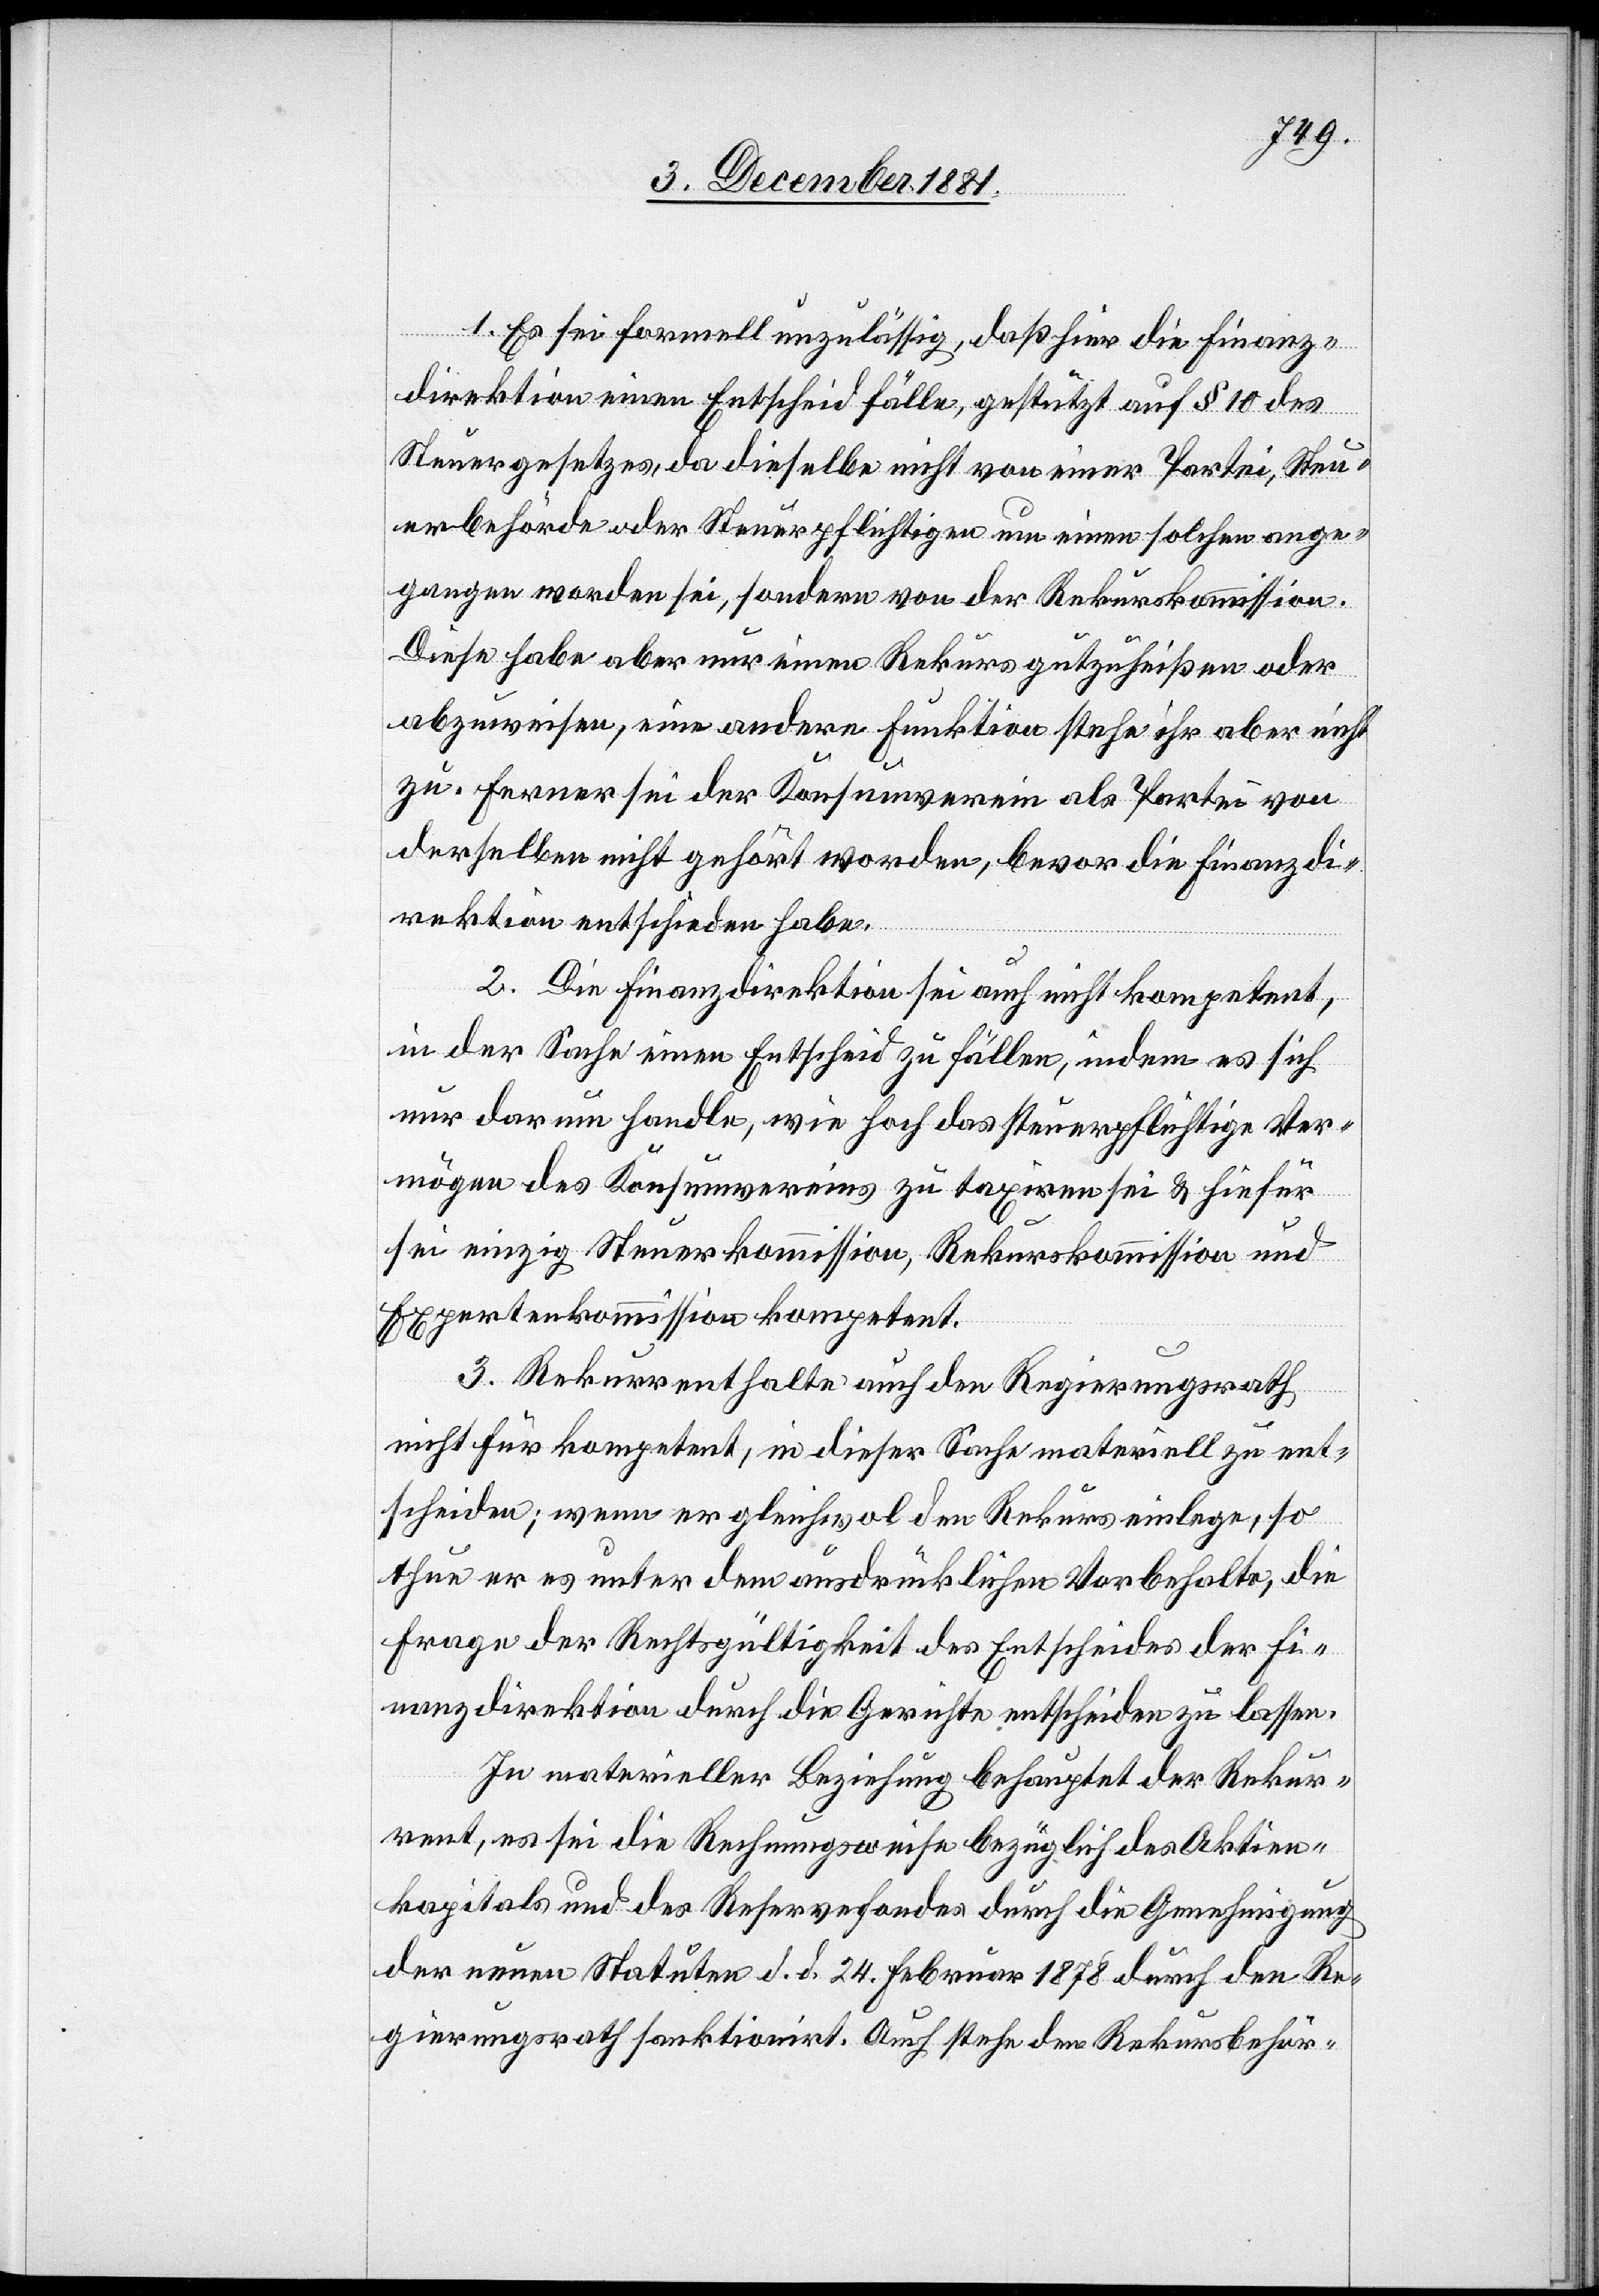
1. Es sei formell unzulässig, daß hier die Finanz¬
direktion einen Entscheid fälle, gestützt auf § 10 des
Steuergesetzes, da dieselbe nicht von einer Partei, Steu¬
erbehörde oder Steuerpflichtigen um einen solchen ange¬
gangen worden sei, sondern von der Rekurskommission.
Diese habe aber nur einen Rekurs gutzuheißen oder
abzuweisen, eine andere Funktion stehe ihr aber nicht
zu. Ferner sei der Konsumverein als Partei von
derselben nicht gehört worden, bevor die Finanzdi¬
rektion entschieden habe.
2. Die Finanzdirektion sei auch nicht kompetent,
in der Sache einen Entscheid zu fällen, indem es sich
nur darum handle, wie hoch das steuerpflichtige Ver¬
mögen des Konsumvereins zu taxiren sei & hiefür
sei einzig Steuerkommission, Rekurskommission und
Expertenkommission kompetent.
3. Rekurrent halte auch den Regierungsrath
nicht für kompetent, in dieser Sache materiell zu ent¬
scheiden; wenn er gleichwol den Rekurs einlege, so
thue er es unter dem ausdrücklichen Vorbehalte, die
Frage der Rechtsgültigkeit des Entscheides der Fi¬
nanzdirektion durch die Gerichte entscheiden zu lassen.
In materieller Beziehung behauptet der Rekur¬
rent, es sei die Rechnungsweise bezüglich des Aktien¬
kapitals und des Reservefondes durch die Genehmigung
der neuen Statuten d. d. 24. Februar 1878 durch den Re¬
gierungsrath sanktionirt. Auch stehe den Rekursbehör-